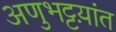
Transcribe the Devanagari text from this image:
अणुभट्टय़ांत